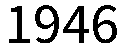
1946